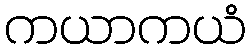
ကယာကယံ